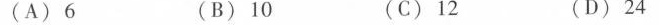
(A)6 (B)10 (C)12 (D)24